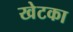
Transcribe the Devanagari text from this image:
खेटका